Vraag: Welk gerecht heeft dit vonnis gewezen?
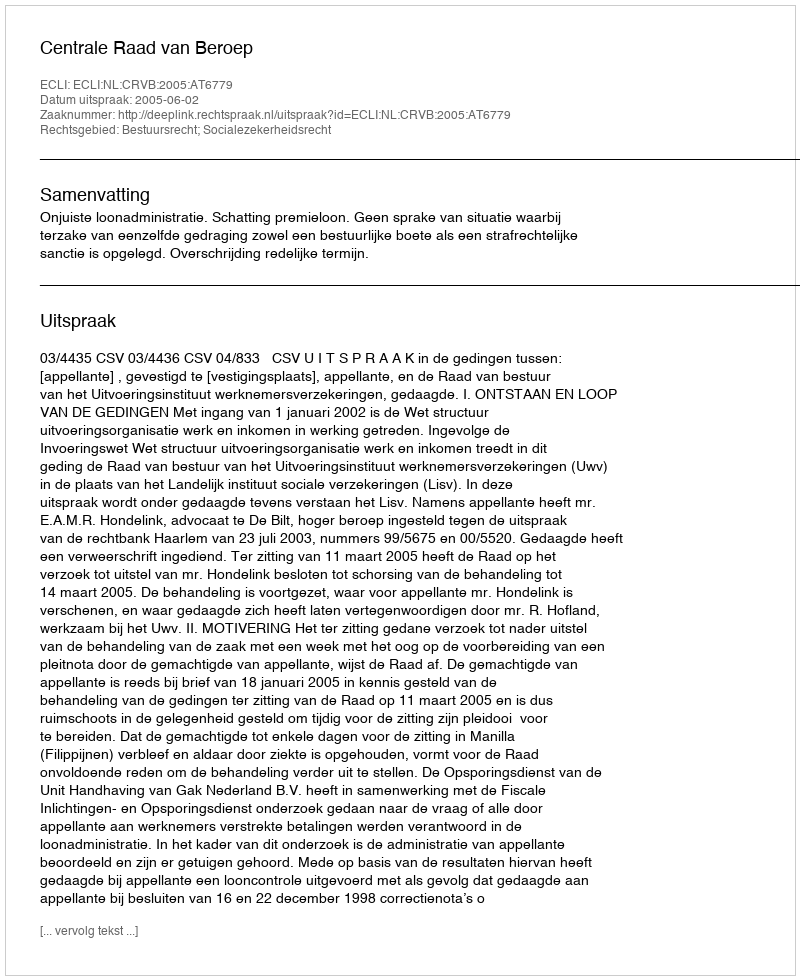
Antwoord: Centrale Raad van Beroep